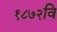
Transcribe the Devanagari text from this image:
१८७२वि